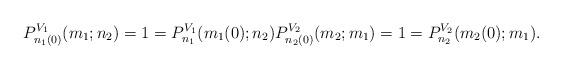
LaTeX: \begin{align*}P_{n_1(0)}^{V_1}(m_1;n_2)=1=P_{n_1}^{V_1}(m_1(0);n_2) P_{n_2(0)}^{V_2}(m_2;m_1)=1=P_{n_2}^{V_2}(m_2(0);m_1).\end{align*}